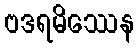
ဗဒရမိဿေန